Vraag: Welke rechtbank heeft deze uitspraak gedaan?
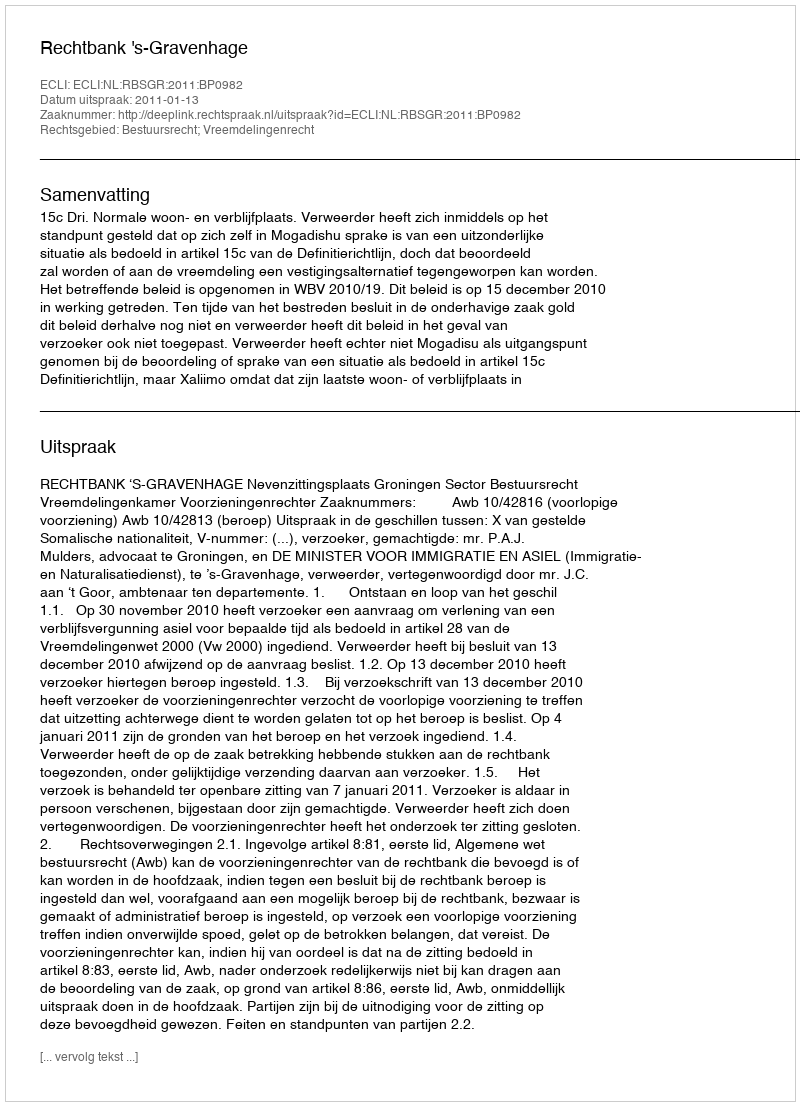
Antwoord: Rechtbank 's-Gravenhage